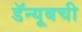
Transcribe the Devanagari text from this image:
डॅन्यूबची